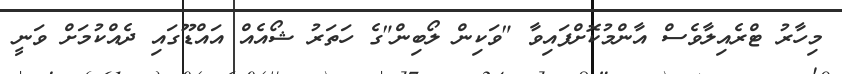
މިހާރު ޓްރެއިލާވެސް އާންމުކޮށްފައިވާ "ވަކިން ލޯބިން"ގެ ހަތަރު ޝޯއެއް އައްޑޫގައި ދެއްކުމަށް ވަނީ